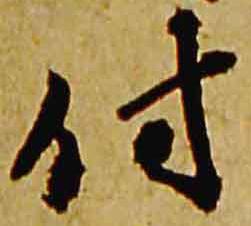
付